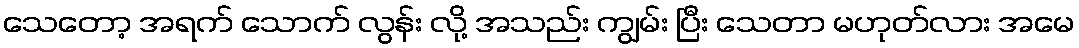
သေတော့ အရက် သောက် လွန်း လို့ အသည်း ကျွမ်း ပြီး သေတာ မဟုတ်လား အမေ